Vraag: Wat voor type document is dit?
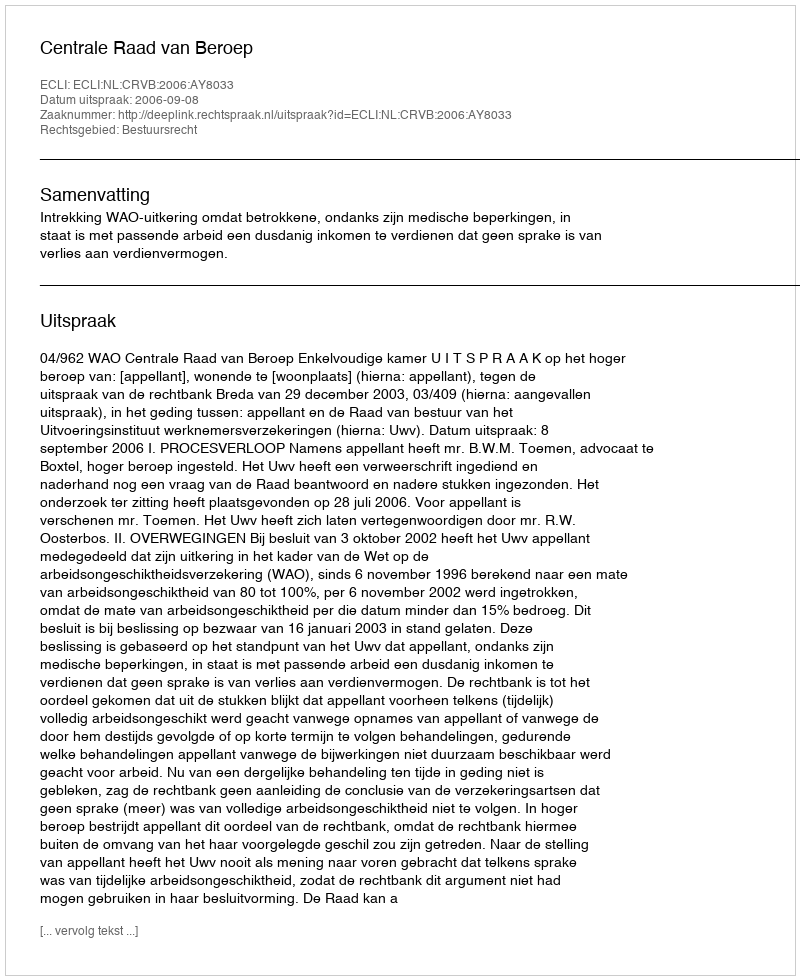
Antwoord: Uitspraak